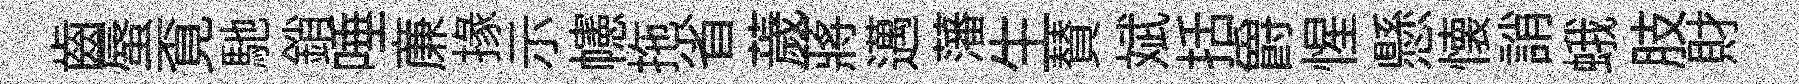
齒蜃覔馳銷唾亷掾示幰拖省薉蔣邁藩生賛斌括爵惺懸懐誚蛾肢財